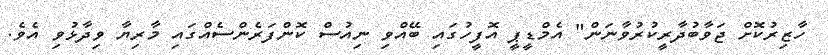
ހާޒިރުކޮށް ޖަވާބުދާރީކުރުވާނަން" އެމްޑީޕީ އޮފީހުގައި ބޭއްވި ނިއުސް ކޮންފަރެންސެއްގައި މާރިޔާ ވިދާޅުވި އެވެ.